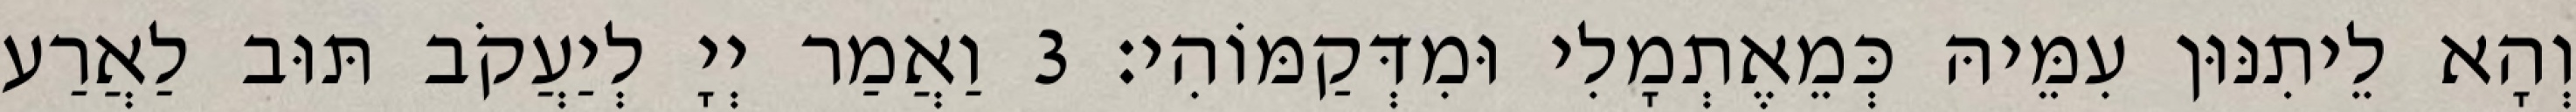
וְהָא לֵיתִנּוּן עִמֵּיהּ כְּמֵאֶתְמָלִי וּמִדְּקַמּוֹהִי׃ 3 וַאֲמַר יְיָ לְיַעֲקֹב תּוּב לַאֲרַע